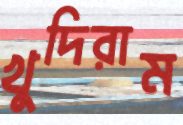
খুদিরাম